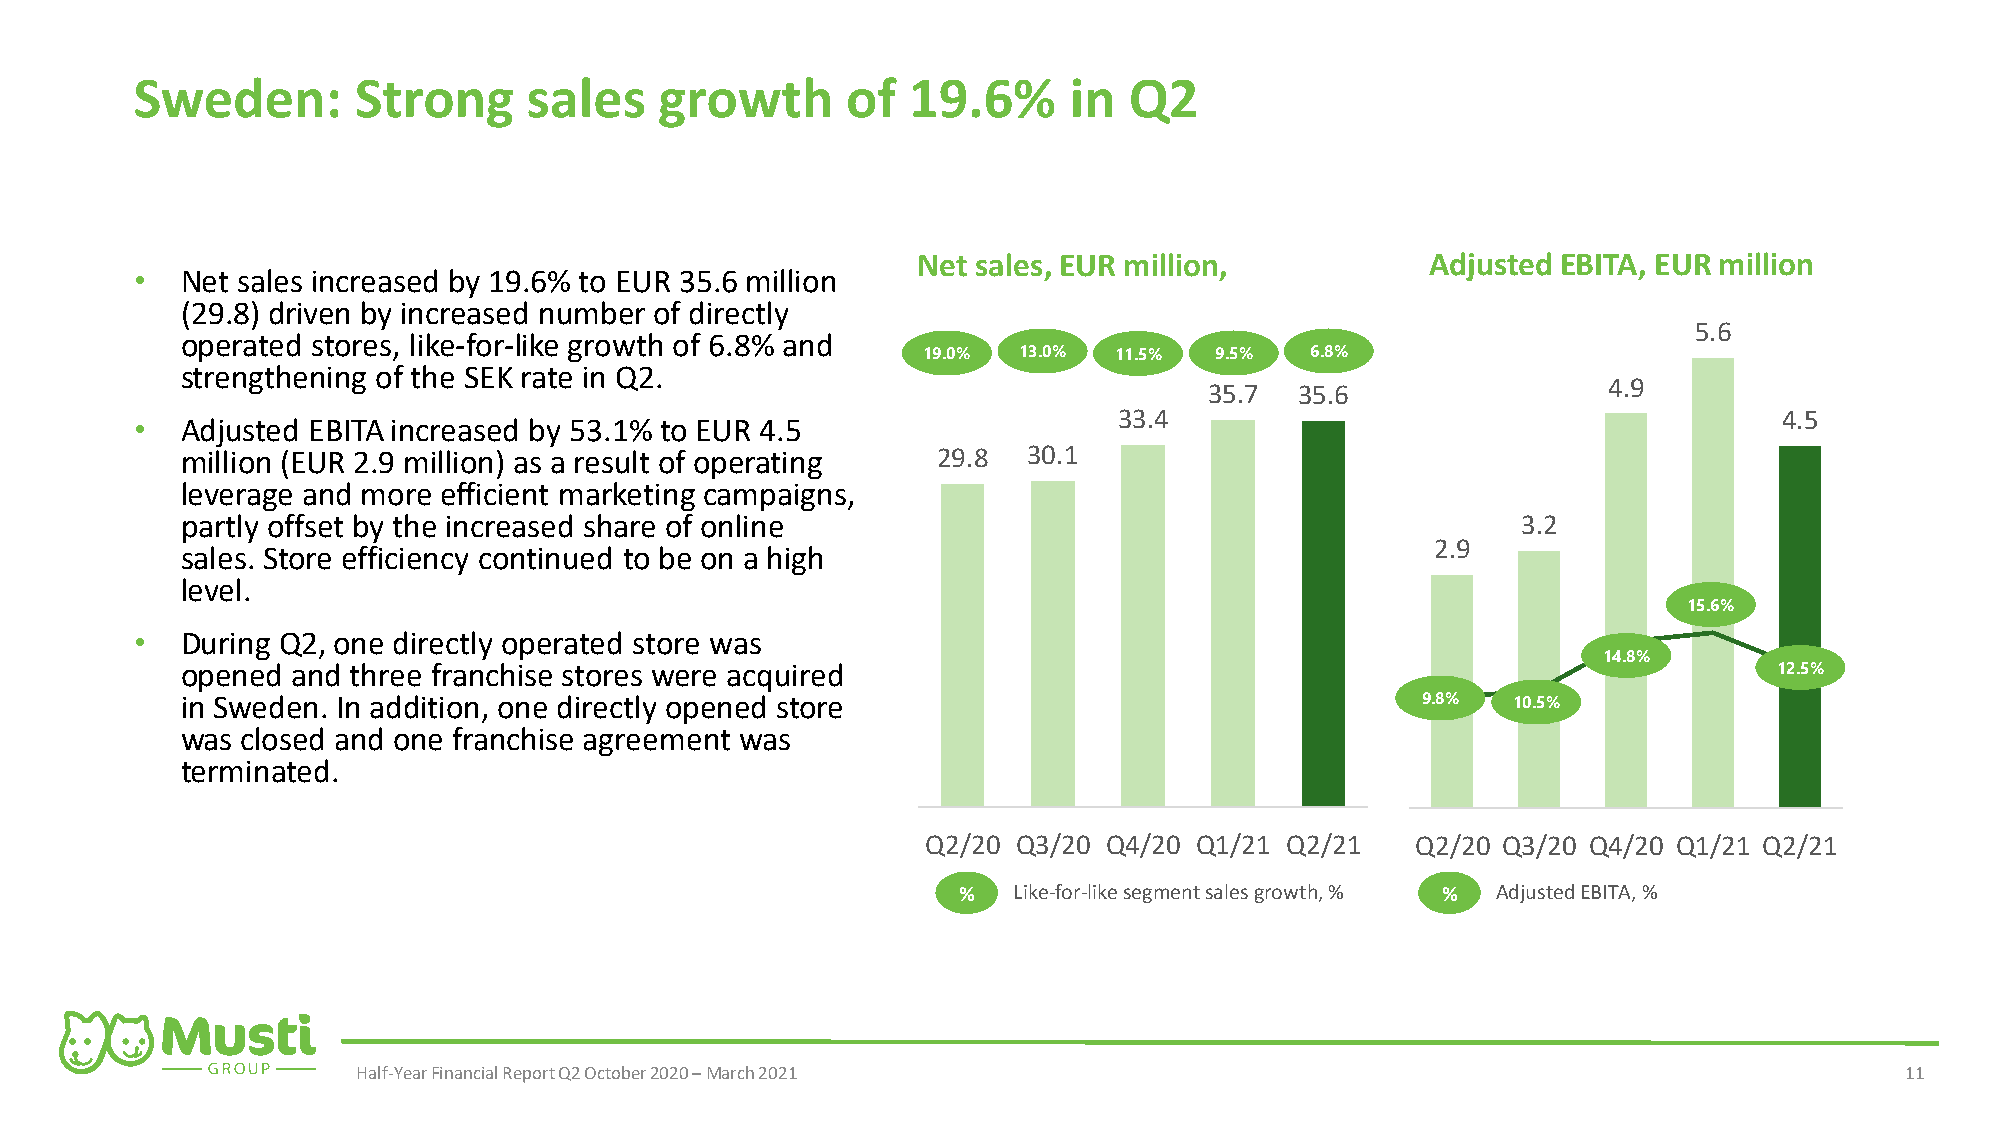
Sweden:       Strong      sales    growth      of  19.6%      in  Q2
 7
 Net sales, EUR million,           Adjusted EBITA, EUR million
 •  Net sales increased by 19.6% to EUR 35.6 million
 (29.8) driven by increased number of directly
 6                  5.6
 operated stores, like-for-like growth of 6.8% and
 19.0% 13.0%  11.5% 9.5%   6.8%
 strengthening of the SEK rate in Q2.
 40                  35.7  35.6                4.9
 33.4               5                        4.5
 •  Adjusted EBITA increased by 53.1% to EUR 4.5
 35
 million (EUR 2.9 million) as a result of operating 29.8 30.1
 leverage and more efficient marketing campaigns, 30                              4
 partly offset by the increased share of online                                           3.2
 25                                 2.9
 sales. Store efficiency continued to be on a high
 3
 level.
 20
 15.6%
 •  During Q2, one directly operated store was
 15                               2            14.8%
 opened and three franchise stores were acquired                                                           12.5%
 in Sweden. In addition, one directly opened store 10                              9.8%  10.5%
 was closed and one franchise agreement was                                       1
 terminated.                                     5
 0                                0
 Q2/20 Q3/20 Q4/20 Q1/21 Q2/21    Q2/20 Q3/20 Q4/20 Q1/21 Q2/21
 %   Like-for-likesegmentsalesgrowth, % % AdjustedEBITA, %
 Half-Year Financial Report Q2 October 2020 –March 2021                                                11